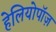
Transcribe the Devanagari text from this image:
हेलियोपॉज़